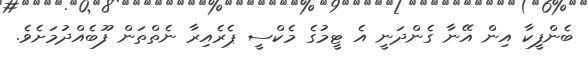
ބެންފީކާ އިން އޭނާ ގެންދަނީ އެ ޓީމުގެ މެކްސީ ޕެރެއިރާ ނެތްތަން ފޫބެއްދުމަށެވެ.